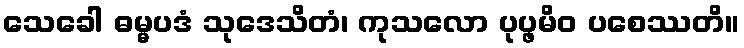
သေခေါ ဓမ္မပဒံ သုဒေသိတံ၊ ကုသလော ပုပ္ဖမိဝ ပစေဿတိ။